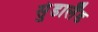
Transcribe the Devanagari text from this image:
सुंडालैंड